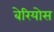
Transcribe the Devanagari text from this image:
बेरियोस